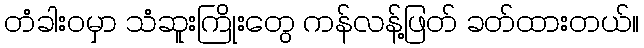
တံခါးဝမှာ သံဆူးကြိုးတွေ ကန်လန့်ဖြတ် ခတ်ထားတယ်။